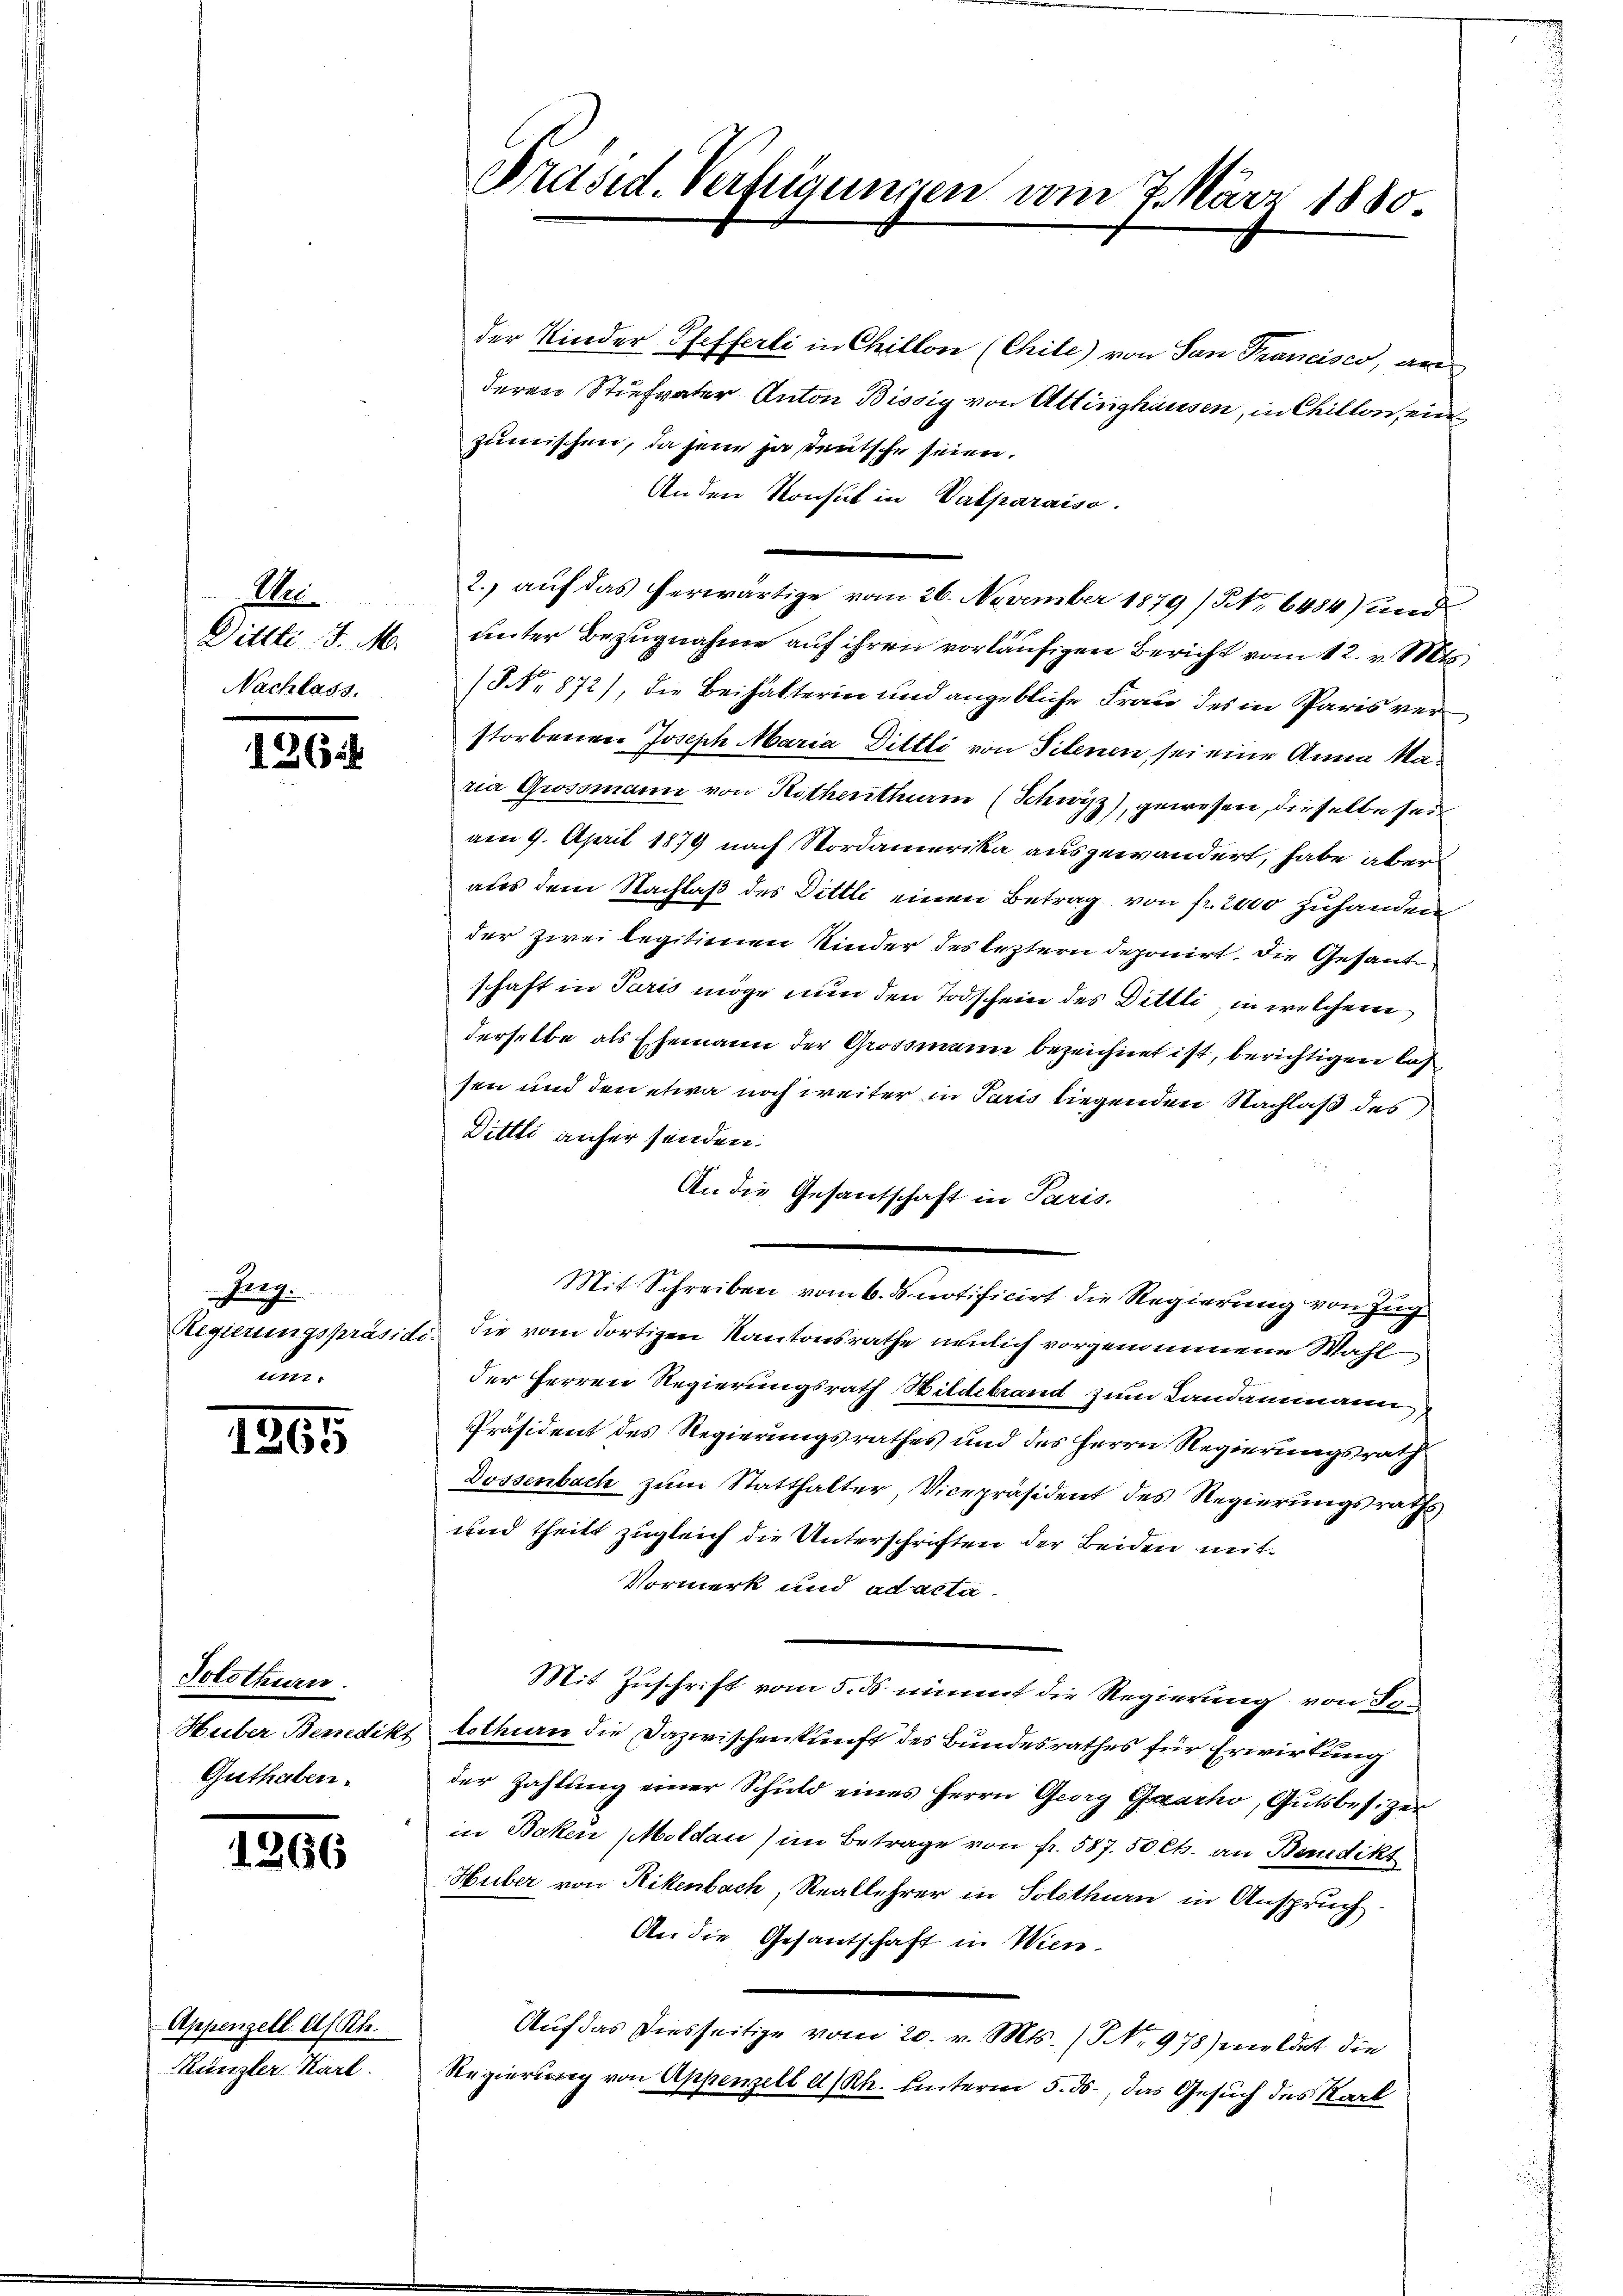
Me
Dittti d. M.
Nachlass.

136

Zerg.
Regierungspräsidi
un

1261

Solothurn.
Huber Benedikt
Guthaben.

1266

Appenzell A/Rh.
Künzler Karl.

Präsid. Verlegungen am 7. März 1880.

der Kinder Pfefferli in Chillon (Chile) von San Trancisco, ger
deren Stiefvater Anton Bissig von Attinghausen, in Chillen, ein
zumischen, da sein ja teutsche seien.
Anden Konsul in Valparaiso
unter Bezugnahme auf ihren vorläufigen Bericht vom 12. v. Mts.
(No 872), die Beihalterin und angebliche Frau des in Paris verstorbenen Joseph Maria Dittli von Titenen sei eine Anna Maria Grossmann von Hothenthum (Schwyz), gewesen, dieselbe sein
am 9. April 1879 nach Nordamerika ausgewandert, habe aber
aus dem Nachlaß des Dittli einen Betrag von fr. 2000 zuhanden
der zwei legitienen Kinder des leztern deponirt. Die Gesandschaft in Paris möge nun den Todschein des Dittli, in welchem
derselbe als Ehemann der Grossmann bezeichnet ist, berichtigen las
sen und den etwa noch weiter in Paris liegenden Nachlaß des
Dittli aufer senden.
Mit Schreiben vom 6. ds notificirt die Regierung von Zug
die vom dortigen Kantonsrathe neulich vorgenommene Wahl
der Herren Regierungsrath Hildebrand zum Landammann,
Präsident des Regierungsrathes und des Herrn Regierungsrath
Dossenbach zum Statthalter Vicepräsident des Regierungsraths
und theilt zugleich die Unterschriften der Beiden mit¬
Vormerk und ad acta.
Mit Zuschrift vom 5. ds nimmt die Regierung von Jotothin die Dazwischenkunft des Bundesrathes für Erwirtung
der Zahlung einer Schuld eines Herrn Georg Gaarho, Gutsbesizer
in Beken Moldau (im Betrage von fr. 587. 50 Cts. an Benedikt
Huber von Rikenbach Reallehrer in Solothurn in Anspruch.
An die Gesantschaft in Wien-
Auf das Diesseitige vom 20. v. Mts. (NNo. 978) meldet die
Regierung von Appenzell a/Rh. hinterm 5. ds., das Gesuch des Karl

An die Gesandschaft in Paris.

2.) auf das herwärtige vom 26. November 1879 (N. 6484) und